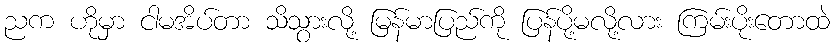
ညက ဟိုမှာ ငါမအိပ်တာ သိသွားလို့ မြန်မာပြည်ကို ပြန်ပို့မလို့လား ကြမ်းပိုးတောထဲ